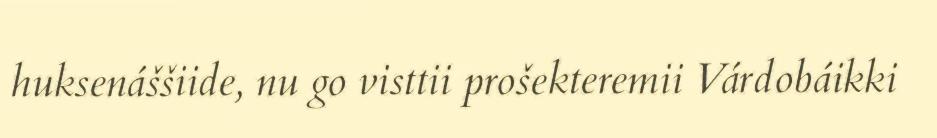
huksenáššiide, nu go visttii prošekteremii Várdobáikki